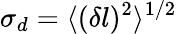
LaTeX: \sigma_{d}=\langle(\delta l)^{2}\rangle^{1/2}